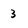
Character: 3